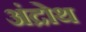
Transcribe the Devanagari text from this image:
अंद्रोथ